Vaccination United Provinces of Agra and Oudh 1914-1922 - 1914-1922
Year: 1914
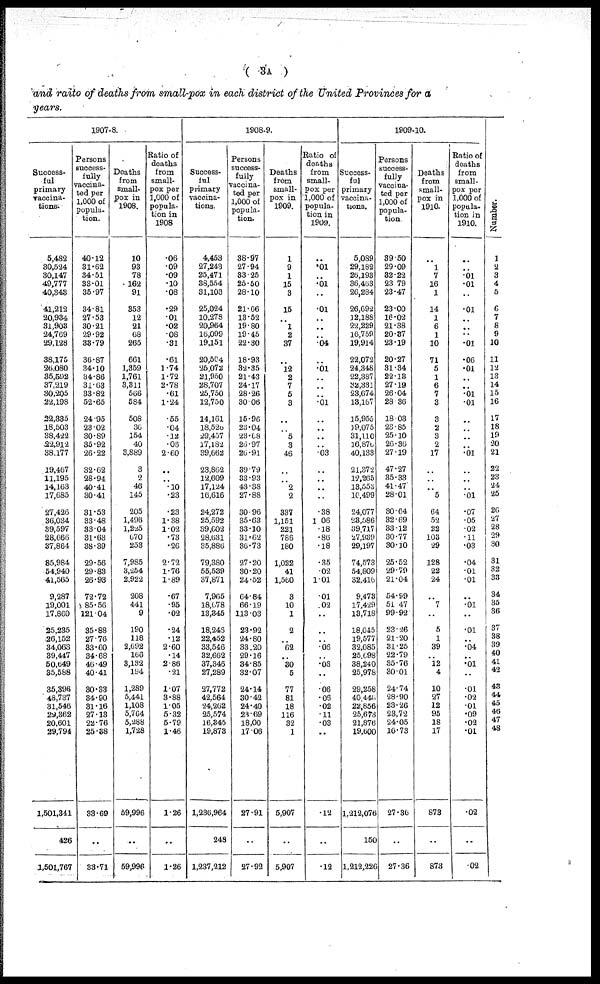
( 3A )
and ratio of deaths from small-pox in each district of the United Provinces for a
years.
1907-8.
Success-
ful
primary
vaccina¬
tions.
5,482
30,524
30,147
49,777
40,343
41,212
20,934
31,903
24,769
29,128
38,175
26,080
35,592
37,219
30,205
22,198
22,335
18,503
38,422
22,912
38,177
19,467
11,195
14,163
17,685
27,426
36,034
39,597
28,666
37,864
85,984
54,940
41,565
9,287
19,001
17,860
25,235
26,152
34,063
39,447
50,649
35,588
35,396
48,737
31,546
29,362
20,601
29,794
1,501,341
426
1,501,767
Persons
success-
fully
vaccina-
ted per
1,000 of
popula-
tion.
40.12
31.62
34.51
33.01
35.97
34.81
27.53
30.21
29.92
33.79
36.87
34.10
34.86
31.63
33.82
52.65
24.95
23.02
30.89
35.92
26.22
32.62
28.94
40.41
30.41
31.53
33.48
33.04
31.63
38.39
29.56
29.83
26.93
72.72
85.56
121.04
35.88
27.76
33.60
34.68
46.49
40.41
30.33
34.90
31.16
27.13
22.76
25.38
33.69
...
33.71
Deaths
from
small-
pox in
1908.
10
93
78
162
91
353
12
21
68
265
661
1,359
1,761
3,311
566
584
508
36
154
40
3,889
3
2
46
145
205
1,496
1,225
670
253
7,985
3,254
2,922
208
441
9
190
118
2,692
166
3,132
194
1,289
5,441
1,108
5,764
5,288
1,728
59,996
..
59,996
Ratio of
deaths
from
small-
pox per
1,000 of
popula-
tion in
1908
.06
.09
.09
.10
.08
.29
.01
.02
.08
.31
.61
1.74
1.72
2.78
.61
1.24
.55
.04
.12
.06
2.60
..
. .
.10
.23
.23
1.38
1.02
.73
.26
2.72
1.76
1.89
.67
.95
.02
.24
.12
2.60
.14
2.86
.21
107
3.88
1.05
5.32
5.79
1.46
1.26
..
1.26
1908-9.
Success¬
ful
primary
vaccina-
tions.
4,453
27,243
25,471
38,554
31,103
25,024
10,278
20,964
16,099
19,151
20,504
25,072
21,950
28,707
25,750
12,750
14,161
18,526
29,457
17,182
39,662
23,862
12,609
17,124
16,616
24,272
25,592
39,602
28,631
35,886
79,380
55,539
37,871
7,965
18,678
13,345
18,246
22,452
33,546
32,662
37,346
27,289
27,772
42,564
24,262
25,574
16,345
19,873
1,236,964
248
1,237,212
Persons
success-
fully
vaccina-
ted per
1,000 of
popula¬
tion.
38.97
27.94
33.25
25.50
28.10
21.66
13.52
19.80
19.45
22.30
18.93
32.35
21.43
24.17
28.26
30.06
15.96
23.04
23.68
26.97
26.91
39.79
33.93
43.38
27.88
30.96
35.63
33.10
31.62
36.73
27.20
30.20
24.52
64.84
66.19
113.03
23.92
24.80
33.20
29.16
34.85
32.07
24.14
30.42
24.40
23.69
18.00
17.06
27.91
..
27.92
Deaths
from
small-
pox in
1909.
1
9
1
15
3
15
..
1
2
37
..
12
2
7
5
3
..
..
5
3
46
..
..
2
2
337
1,151
221
786
180
1,022
41
1,560
3
10
1
2
..
62
.. 30
5
77
81
18
116
32
1
5,907
..
5,907
Ratio of
deaths
from
small-
pox per
1,000 of
popula-
tion in
1909.
..
.01
..
.01
..
.01
..
..
..
.04
..
.01
..
..
..
.01
..
..
..
..
.03
..
..
..
..
.38
1.06
.18
.86
.18
.35
.02
1.01
.01
.02
..
..
..
.06
..
.03
..
.06
.06
.02
.11
.03
..
.12
..
.12
1909-10.
Success-
ful
primary
vaccina-
tions.
5,089
29,182
26,193
36,463
26,284
26,692
12,188
22,229
16,759
19,914
22,072
24,348
22,387
32,331
23,674
13,167
15,955
19,075
31,110
16,870
40,133
21,372
12,265
13,553
16,499
24,077
23,586
39,717
27,939
29,197
74,573
54,809
32,416
9,473
17,429
13,718
18,045
19,577
32,085
25,098
38,240
25,978
29,258
40,446
22,856
25,673
21,876
19,600
1,212,076
150
1,212,226
Persons
success-
fully
vaccina-
ted per
1,000 of
popula-
tion.
39.50
29.09
32.22
23.79
23.47
23.00
16.02
21.38
20.37
23.19
20.27
31.34
22.13
27.19
26.04
28.36
18.03
23.85
25.10
26.36
27.19
47.27
35.33
41.47
28.01
30.64
32.69
33.12
30.77
30.10
25.52
29.79
21.04
54.99
51.47
99.92
23.26
21.20
31.25
22.79
35.76
30.01
24.74
28.90
23.26
23.72
24.05
16.73
27.36
..
27.36
Deaths
from
small-
pox in
1910.
..
1
7
16
1
14
1
6
1
10
71
5
1
6
7
3
3
2
3
2
17
..
..
..
5
64
52
22
103
29
128
22
24
..
7
..
5
1
39
.. 12
4
10
27
12
95
18
17
873
..
873
Ratio of
deaths
from
small-
pox per
1,000 of
popula¬
tion in
1910.
..
..
.01
.01
..
.01
..
..
..
.01
.06
.01
..
..
.01
.01
..
..
..
..
.01
..
..
..
.01
.07
.05
.02
.11
.03
.04
.01
.01
..
.01
..
.01
..
.04
..
.01
..
.01
.02
.01
.09
.02
.01
.02
..
.02
Number.
1
2
3
4
5
6
7
8
9
10
11
12
13
14
15
16
17
18
19
20
21
22
23
24
25
26
27
28
29
30
31
32
33
34
35
36
37
38
39
40
41
42
43
44
45
46
47
48